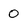
Character: 0